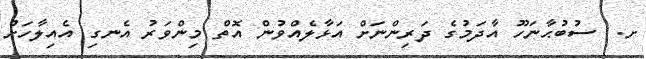
ށ.  ސުބުޙާނަހޫ އާދަމުގެ ދަރިންނަށް އަޅާލެއްވުން އޮތް މިންވަރު އެނގި އެއިލާހަށް